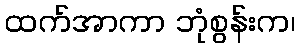
ထက်အာကာ ဘုံစွန်းက၊